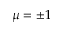
\mu = \pm 1